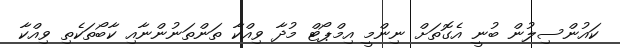
ކައުންސިލުން ބުނީ އެގޮތަށް ނިންމީ އިމްޕޯޓް މުދާ ވިއްކާ ތަންތަނުންނާއި ކާބޯތަކެތި ވިއްކާ